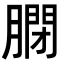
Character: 𦟼